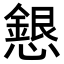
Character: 𢣰